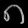
Digit: ၈